Indian journal of veterinary science and animal husbandry - Volumes 24-25, 1954-1955
Year: 1954
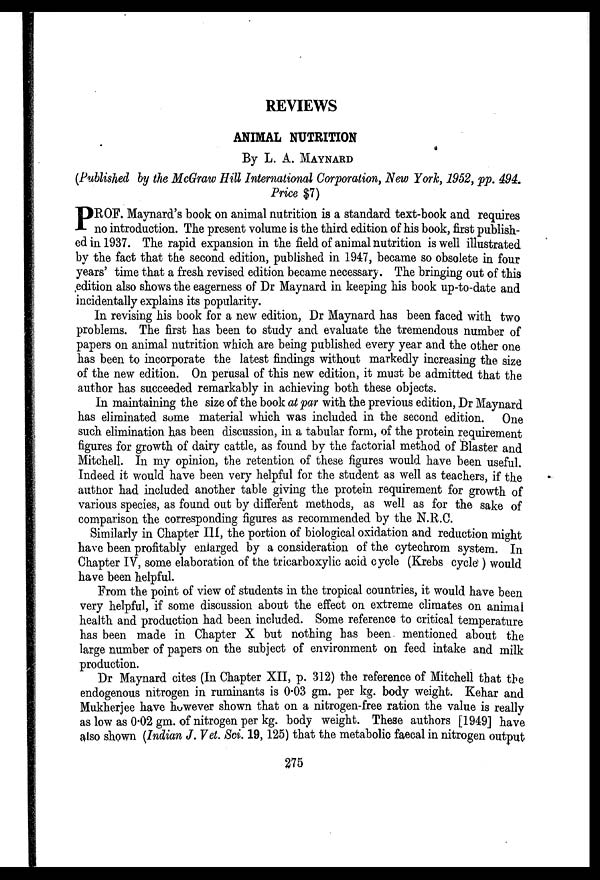
REVIEWS
ANIMAL NUTRITION
By L. A. MAYNARD
(Published by the McGraw Hill International Corporation, New York, 1952, pp. 494.
Price $7)
P ROF. Maynard's book on animal nutrition is a standard text-book and requires
no introduction. The present volume is the third edition of his book, first publish-
ed in 1937. The rapid expansion in the field of animal nutrition is well illustrated
by the fact that the second edition, published in 1947, became so obsolete in four
years' time that a fresh revised edition became necessary. The bringing out of this
edition also shows the eagerness of Dr Maynard in keeping his book up-to-date and
incidentally explains its popularity.
In revising his book for a new edition, Dr Maynard has been faced with two
problems. The first has been to study and evaluate the tremendous number of
papers on animal nutrition which are being published every year and the other one
has been to incorporate the latest findings without markedly increasing the size
of the new edition. On perusal of this new edition, it must be admitted that the
author has succeeded remarkably in achieving both these objects.
In maintaining the size of the book at par with the previous edition, Dr Maynard
has eliminated some material which was included in the second edition. One
such elimination has been discussion, in a tabular form, of the protein requirement
figures for growth of dairy cattle, as found by the factorial method of Blaster and
Mitchell. In my opinion, the retention of these figures would have been useful.
Indeed it would have been very helpful for the student as well as teachers, if the
author had included another table giving the protein requirement for growth of
various species, as found out by different methods, as well as for the sake of
comparison the corresponding figures as recommended by the N.R.C.
Similarly in Chapter III, the portion of biological oxidation and reduction might
have been profitably enlarged by a consideration of the cytechrom system. In
Chapter IV, some elaboration of the tricarboxylic acid cycle (Krebs cycle) would
have been helpful.
From the point of view of students in the tropical countries, it would have been
very helpful, if some discussion about the effect on extreme climates on animal
health and production had been included. Some reference to critical temperature
has been made in Chapter X but nothing has been mentioned about the
large number of papers on the subject of environment on feed intake and milk
production.
Dr Maynard cites (In Chapter XII, p. 312) the reference of Mitchell that the
endogenous nitrogen in ruminants is 0.03 gm. per kg. body weight. Kehar and
Mukherjee have however shown that on a nitrogen-free ration the value is really
as low as 0.02 gm. of nitrogen per kg. body weight. These authors [1949] have
also shown (Indian J. Vet. Sci. 19, 125) that the metabolic faecal in nitrogen output
275